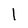
Character: l